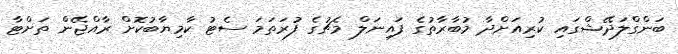
ބަންގްލަދޭޝްގައި ކުރިއަށްދާ މުބާރާތުގެ ފައިނަލް މެޗުގެ ފުރަތަމަ ސެޓު ކާމިޔާބުކޮށް ރާއްޖޭން ތަށްޓާ